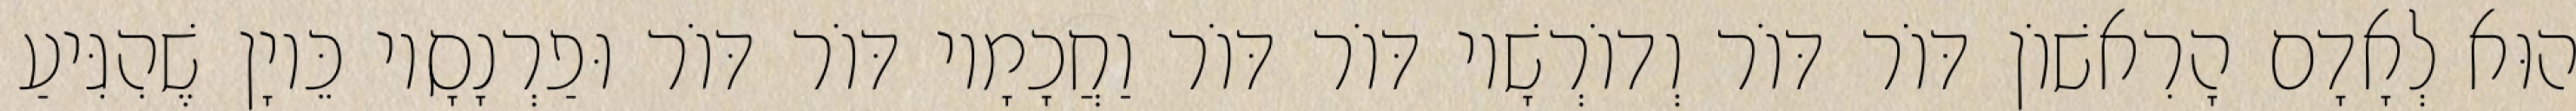
הוּא לְאָדָם הָרִאשׁוֹן דּוֹר דּוֹר וְדוֹרְשָׁיו דּוֹר דּוֹר וַחֲכָמָיו דּוֹר דּוֹר וּפַרְנָסָיו כֵּיוָן שֶׁהִגִּיעַ